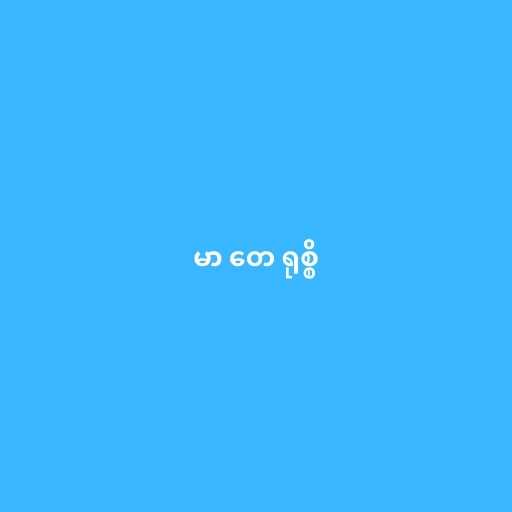
မာ တေ ရုစ္စိ